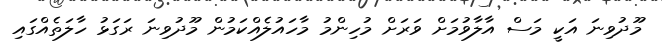
މޫދުވިނަ އަކީ މަސް އާލާވުމަށް ވަރަށް މުހިންމު މާހައުލެއްކަމުން މޫދުވިނަ ރަގަޅު ހާލަތެއްގައި